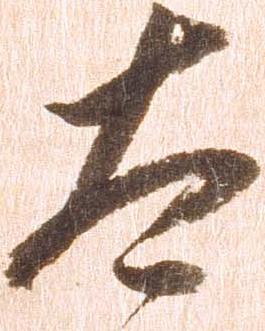
太